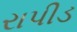
રાપીડ